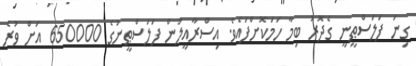
ގިނަ ފަލަސްޠީނީ ގެދޮރު ބިމާ ހަމަކޮށްފައެވެ. އިސްރާއީލުން ފަލަސްޠީނުގެ 650000 އަށް ވުރެ